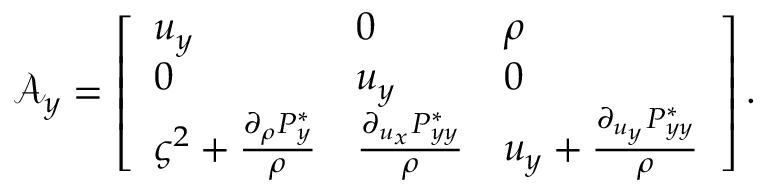
\mathcal { A } _ { y } = \left[ \begin{array} { l l l } { u _ { y } } & { 0 } & { \rho } \\ { 0 } & { u _ { y } } & { 0 } \\ { \varsigma ^ { 2 } + \frac { \partial _ { \rho } P _ { y } ^ { * } } { \rho } } & { \frac { \partial _ { u _ { x } } P _ { y y } ^ { * } } { \rho } } & { u _ { y } + \frac { \partial _ { u _ { y } } P _ { y y } ^ { * } } { \rho } } \end{array} \right] .